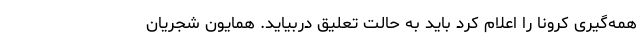
همه‌گیری کرونا را اعلام کرد باید به حالت تعلیق دربیاید. همایون شجریان